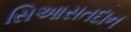
સિઆસતદાન